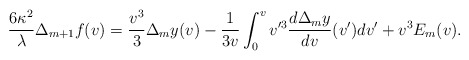
\begin{align*} \frac{6\kappa^2}{\lambda}\Delta_{m+1}f(v)=\frac{v^3}{3}\Delta_my(v)-\frac{1}{3v}\int_0^vv'^3\frac{d\Delta_my}{dv}(v')dv'+v^3E_m(v).\end{align*}